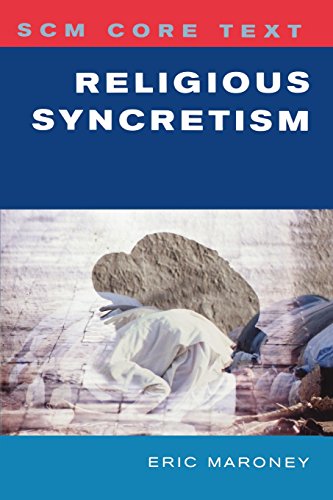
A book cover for SCM Core Text: Religious Syncretism; Eric Maroney; Christian Books & Bibles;